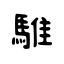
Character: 騅